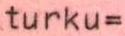
turku=